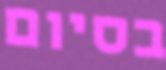
בסיום